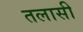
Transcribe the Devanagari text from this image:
तलासी